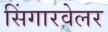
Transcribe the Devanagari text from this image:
सिंगारवेलर